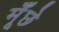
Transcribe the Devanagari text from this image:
मूँछे